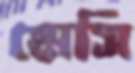
মেসি